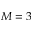
M = 3